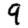
Digit: 9